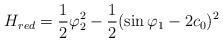
LaTeX: \begin{align*} H_{red}=\frac{1}{2}\varphi_2^2-\frac{1}{2}(\sin \varphi_1-2c_0)^2\end{align*}